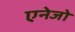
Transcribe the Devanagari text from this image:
एनेजो